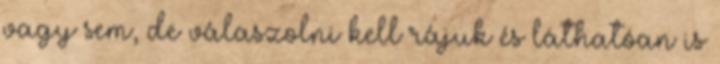
vagy sem, de válaszolni kell rájuk és láthatóan is